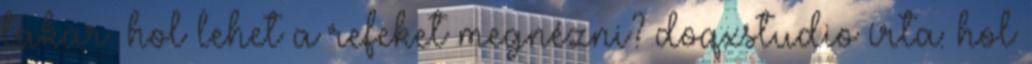
takar. hol lehet a refeket megnézni? doqxstudio írta: hol